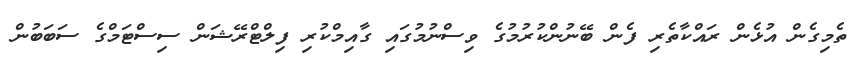
ތެމިގެން އުޅެން ރައްކާތެރި ފެން ބޭނުންކުރުމުގެ ވިސްނުމުގައި ގާއިމްކުރި ފިލްޓްރޭޝަން ސިސްޓަމްގެ ސަބަބުން